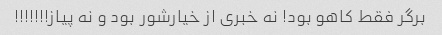
برگر فقط کاهو بود! نه خبری از خیارشور بود و نه پیاز!!!!!!!